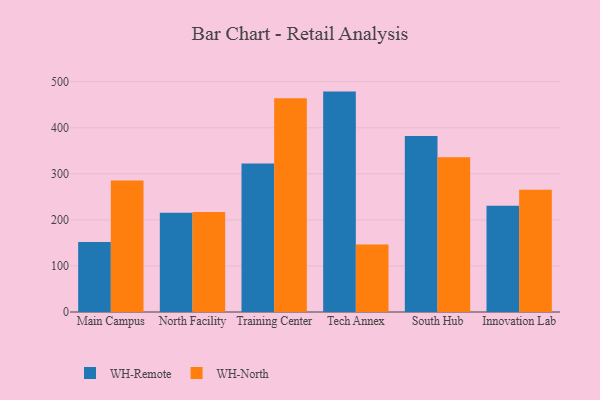
{"axis": {"x": "Campus", "y": "Shipments"}, "legend": ["WH-North", "WH-Remote"], "data": [{"x": "Main Campus", "y": 151.7, "type": "WH-Remote"}, {"x": "Main Campus", "y": 285.7, "type": "WH-North"}, {"x": "North Facility", "y": 215.7, "type": "WH-Remote"}, {"x": "North Facility", "y": 217.0, "type": "WH-North"}, {"x": "Training Center", "y": 322.5, "type": "WH-Remote"}, {"x": "Training Center", "y": 464.1, "type": "WH-North"}, {"x": "Tech Annex", "y": 478.4, "type": "WH-Remote"}, {"x": "Tech Annex", "y": 146.5, "type": "WH-North"}, {"x": "South Hub", "y": 382.0, "type": "WH-Remote"}, {"x": "South Hub", "y": 335.9, "type": "WH-North"}, {"x": "Innovation Lab", "y": 230.4, "type": "WH-Remote"}, {"x": "Innovation Lab", "y": 265.2, "type": "WH-North"}]}